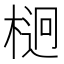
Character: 𣔲